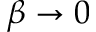
\beta \to 0